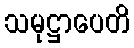
သမုဋ္ဌာပေတိ